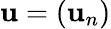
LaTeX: \mathbf{u}=(\mathbf{u}_{n})